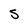
Character: s